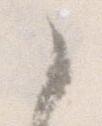
々